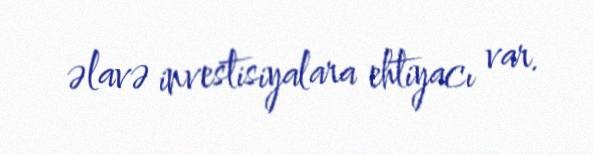
əlavə investisiyalara ehtiyacı var.